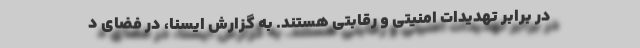
در برابر تهدیدات امنیتی و رقابتی هستند. به گزارش ایسنا، در فضای د